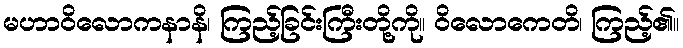
မဟာဝိလောကနာနိ၊ ကြည့်ခြင်းကြီးတို့ကို။ ဝိလောကေတိ၊ ကြည့်၏။